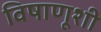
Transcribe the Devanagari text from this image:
विषाणूशी